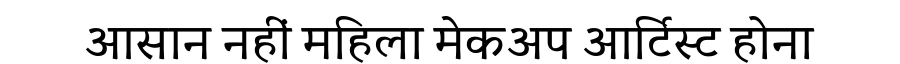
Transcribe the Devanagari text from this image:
आसान नहीं महिला मेकअप आर्टिस्ट होना